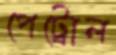
পেট্রোল